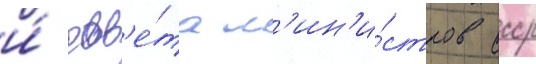
и́ сов'е́та м'ин'и́стров ссср